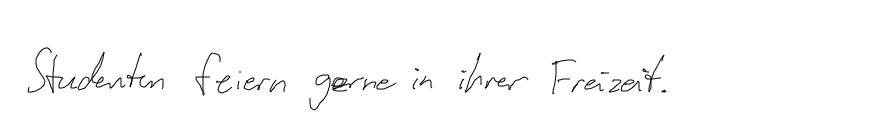
Studenten feiern gerne in ihrer Freizeit.